Civil Veterinary Dept. Assam report 1927-50 - 1927-1950
Year: 1927
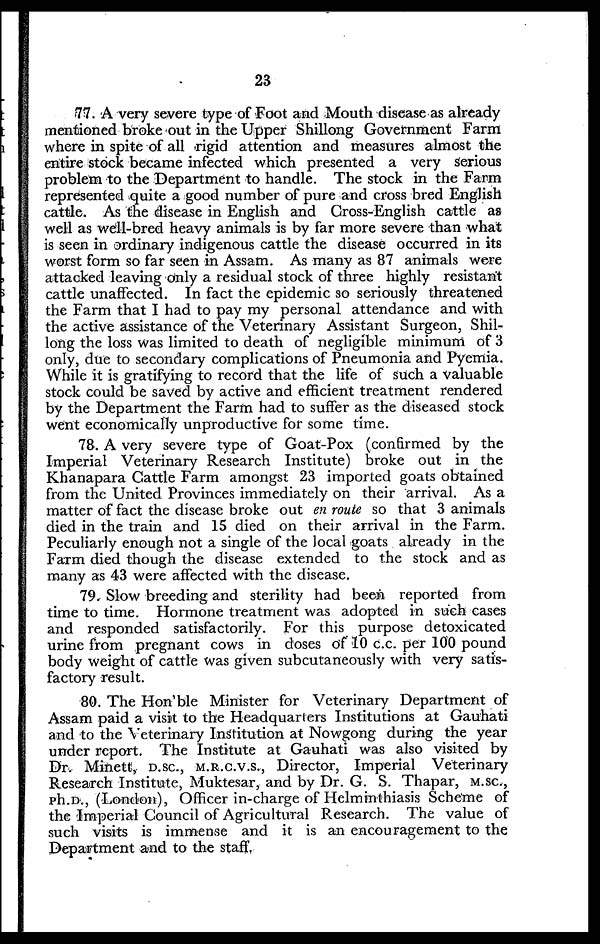
23
77. A very severe type of Foot and Mouth disease as already
mentioned broke out in the Upper Shillong Government Farm
where in spite of all rigid attention and measures almost the
entire stock became infected which presented a very serious
problem to the Department to handle. The stock in the Farm
represented quite a good number of pure and cross bred English
cattle. As the disease in English and Cross-English cattle as
well as well-bred heavy animals is by far more severe than what
is seen in ordinary indigenous cattle the disease occurred in its
worst form so far seen in Assam. As many as 87 animals were
attacked leaving only a residual stock of three highly resistant
cattle unaffected. In fact the epidemic so seriously threatened
the Farm that I had to pay my personal attendance and with
the active assistance of the Veterinary Assistant Surgeon, Shil-
long the loss was limited to death of negligible minimum of 3
only, due to secondary complications of Pneumonia and Pyemia.
While it is gratifying to record that the life of such a valuable
stock could be saved by active and efficient treatment rendered
by the Department the Farm had to suffer as the diseased stock
went economically unproductive for some time.
78. A very severe type of Goat-Pox (confirmed by the
Imperial Veterinary Research Institute) broke out in the
Khanapara Cattle Farm amongst 23 imported goats obtained
from the United Provinces immediately on their arrival. As a
matter of fact the disease broke out en route so that 3 animals
died in the train and 15 died on their arrival in the Farm.
Peculiarly enough not a single of the local goats already in the
Farm died though the disease extended to the stock and as
many as 43 were affected with the disease.
79. Slow breeding and sterility had been reported from
time to time. Hormone treatment was adopted in such cases
and responded satisfactorily. For this purpose detoxicated
urine from pregnant cows in doses of 10 c.c. per 100 pound
body weight of cattle was given subcutancously with very satis-
factory result.
80. The Hon'ble Minister for Veterinary Department of
Assam paid a visit to the Headquarters Institutions at Gauhati
and to the Veterinary Institution at Nowgong during the year
under report. The Institute at Gauhati was also visited by
Dr. Minett, D.Sc., M.R.C.V.S., Director, Imperial Veterinary
Research Institute, Muktesar, and by Dr. G. S. Thapar, M.Sc.,
ph.D., (London), Officer in-charge of Helminthiasis Scheme of
the Imperial Council of Agricultural Research. The value of
such visits is immense and it is an encouragement to the
Department and to the staff.